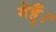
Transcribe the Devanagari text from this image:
गेहूँ।